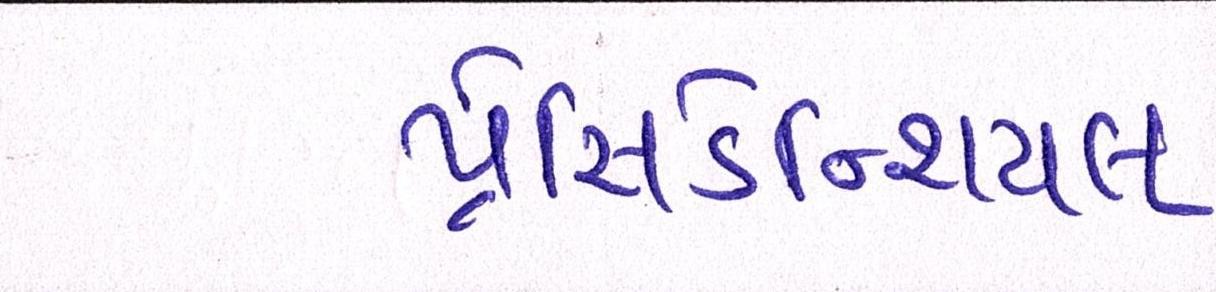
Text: પ્રેસિડેન્શિયલ